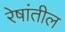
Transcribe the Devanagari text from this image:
रेषांतील